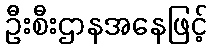
ဦးစီးဌာနအနေဖြင့်